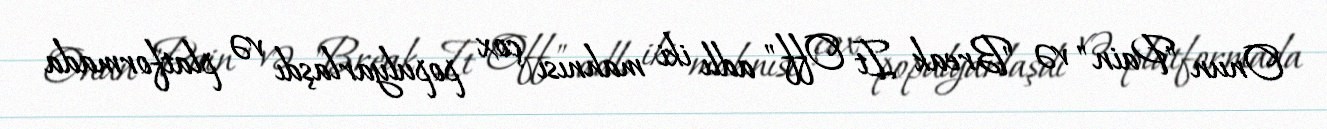
Onun "Pain" və "Break It Off" adlı iki mahnısı çox populyarlaşdı və platformada